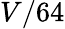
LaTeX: V/64